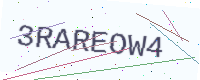
Text: 3RAREOW4